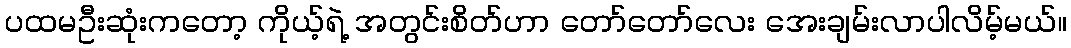
ပထမဦးဆုံးကတော့ ကိုယ့်ရဲ့ အတွင်းစိတ်ဟာ တော်တော်လေး အေးချမ်းလာပါလိမ့်မယ်။